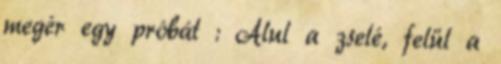
megér egy próbát : Alul a zselé, felül a